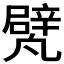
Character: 𠙱